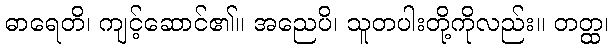
ဓာရေတိ၊ ကျင့်ဆောင်၏။ အညေပိ၊ သူတပါးတို့ကိုလည်း။ တတ္ထ၊